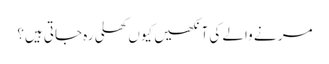
مر نے والے کی آنکھیں کیوں کھلی رہ جاتی ہیں؟